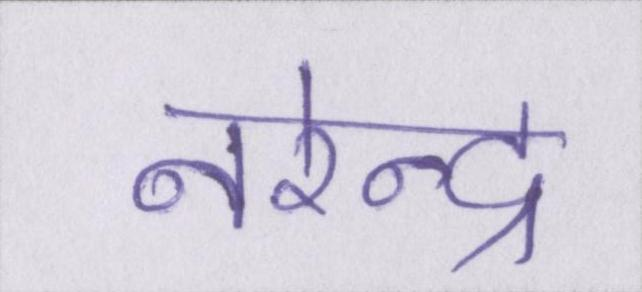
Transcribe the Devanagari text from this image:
नरेन्द्र